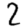
Digit: 2